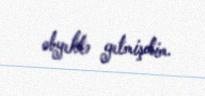
obyektə getmişdim.